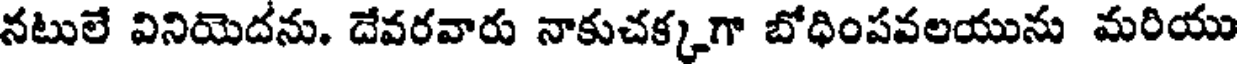
నటులే వినియెదను. దేవరవారు నాకుచక్కగా బోధింపవలయును మరియు